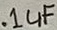
Text: .1µF